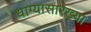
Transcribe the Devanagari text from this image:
धाग्यासारख्या